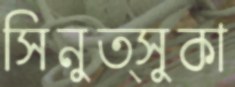
সিনুত্সুকা